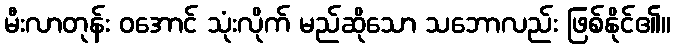
မီးလာတုန်း ဝအောင် သုံးလိုက် မည်ဆိုသော သဘောလည်း ဖြစ်နိုင်၏။